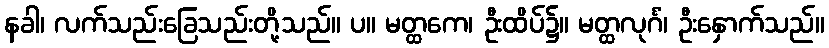
နခါ၊ လက်သည်းခြေသည်းတို့သည်။ ပ။ မတ္ထကေ၊ ဦးထိပ်၌။ မတ္ထလုင်္ဂံ၊ ဦးနှောက်သည်။